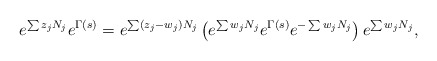
\begin{align*}e^{\sum z_j N_j} e^{\Gamma(s)} = e^{\sum (z_j - w_j) N_j} \left( e^{\sum w_j N_j} e^{\Gamma(s)} e^{-\sum w_j N_j} \right)e^{\sum w_j N_j},\end{align*}